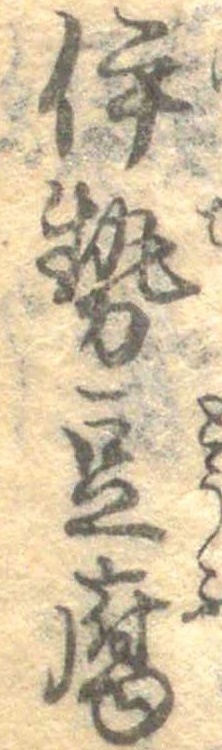
伊勢豆腐